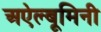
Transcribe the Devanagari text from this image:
अऐल्बूमिनी